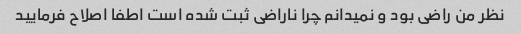
نظر من راضی بود و نمیدانم چرا ناراضی ثبت شده است اطفا اصلاح فرمایید